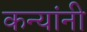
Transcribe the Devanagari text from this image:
कन्यांनी